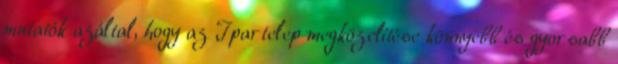
mutatók azáltal, hogy az Ipartelep megközelítése könnyebb és gyorsabb